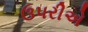
ઉપરીએ